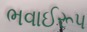
ભવાઈરૂપ